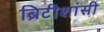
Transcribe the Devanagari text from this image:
ब्रिटीशांसी